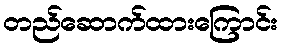
တည်ဆောက်ထားကြောင်း